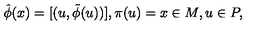
\hat { \phi } ( x ) = [ ( u , \tilde { \phi } ( u ) ) ] , \pi ( u ) = x \in M , u \in P ,